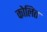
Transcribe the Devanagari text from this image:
कोलित